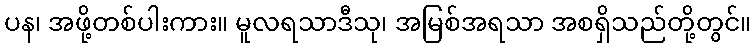
ပန၊ အဖို့တစ်ပါးကား။ မူလရသာဒီသု၊ အမြစ်အရသာ အစရှိသည်တို့တွင်။